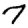
Digit: 7